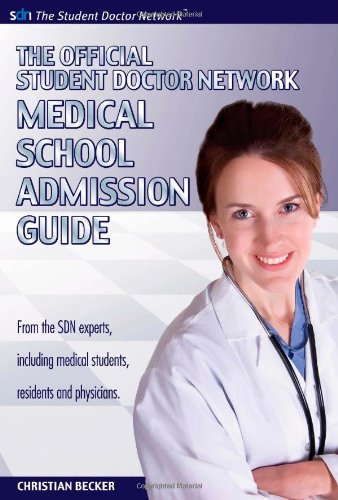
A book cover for The Official Student Doctor Network Medical School Admissions Guide; Christian Becker; Education & Teaching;